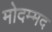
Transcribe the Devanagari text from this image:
मोदम्मद